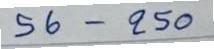
56 - 250